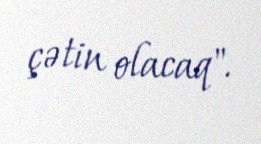
çətin olacaq".